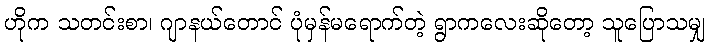
ဟိုက သတင်းစာ၊ ဂျာနယ်တောင် ပုံမှန်မရောက်တဲ့ ရွာကလေးဆိုတော့ သူပြောသမျှ